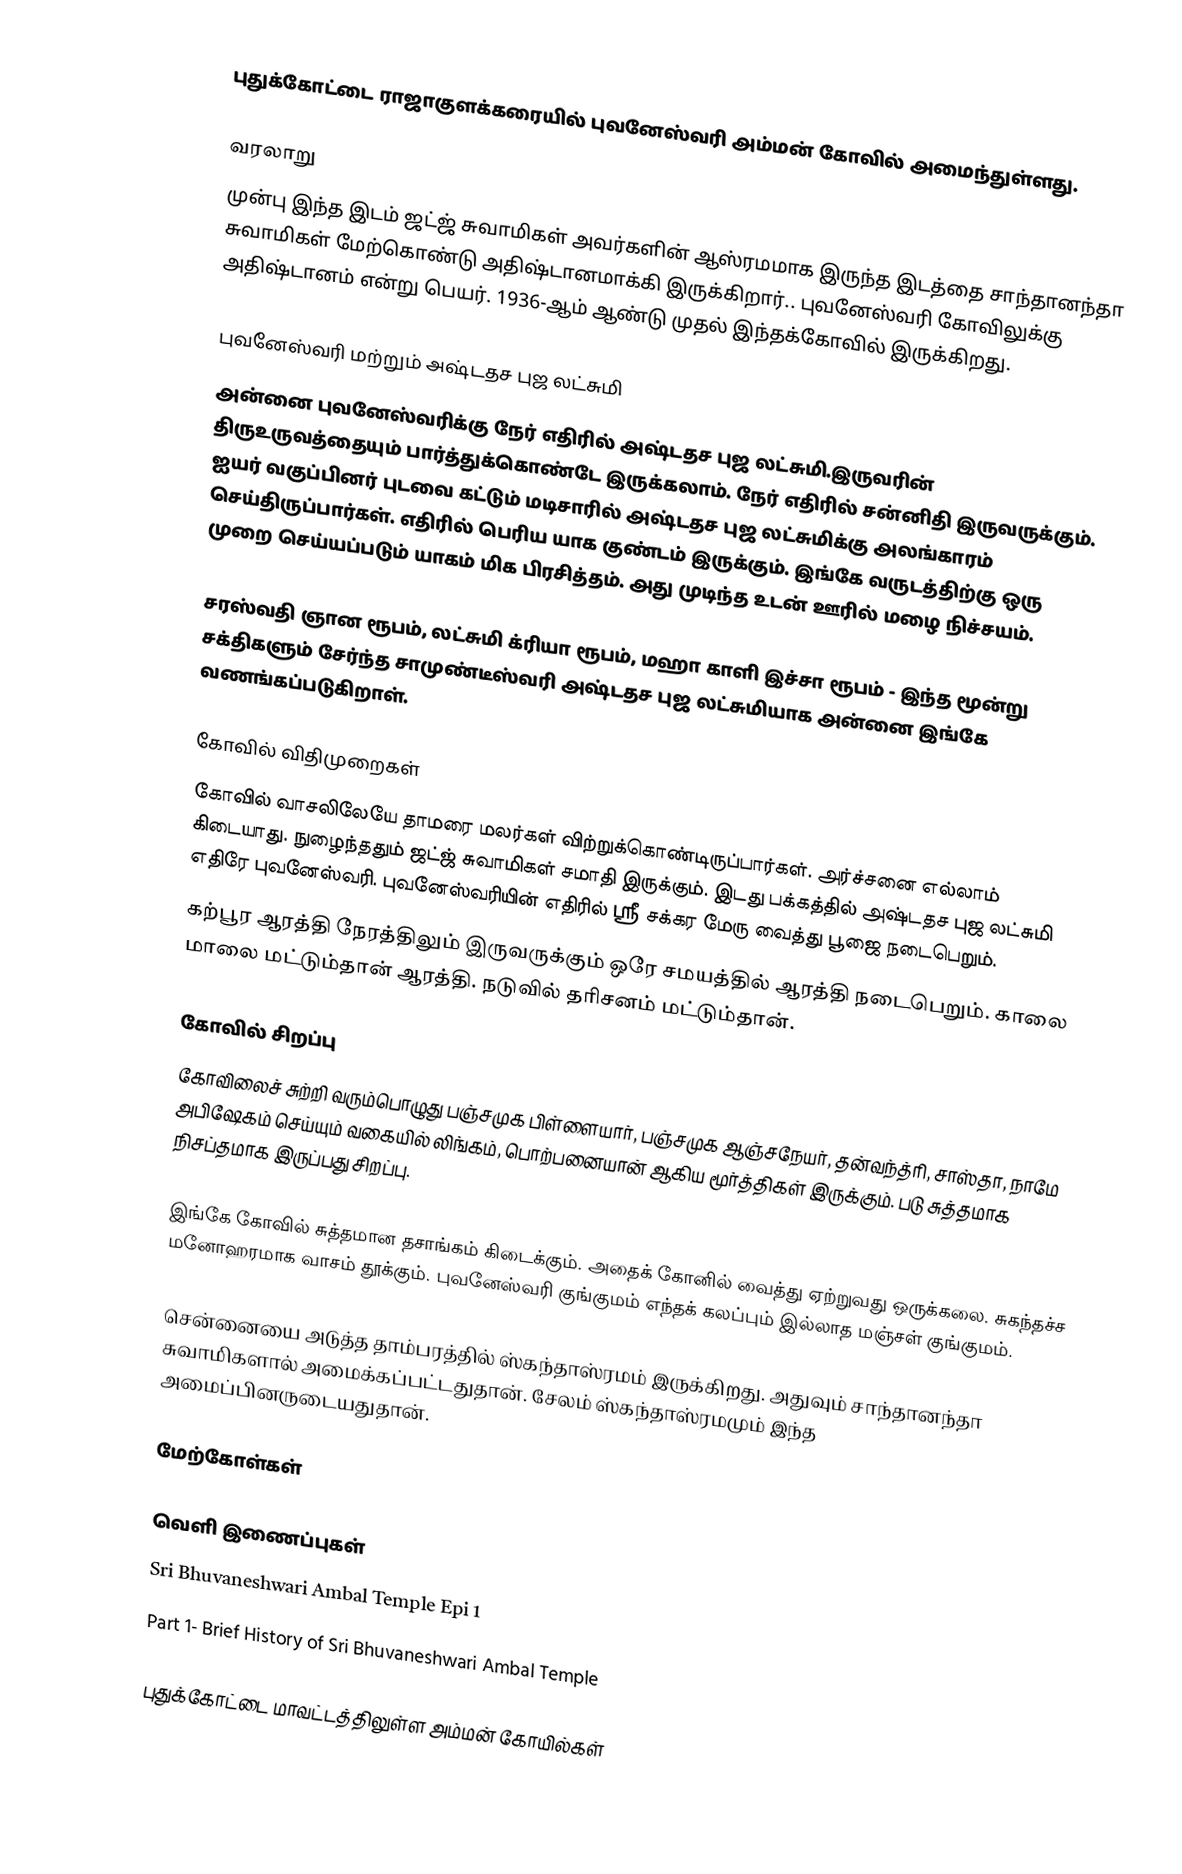
புதுக்கோட்டை ராஜாகுளக்கரையில் புவனேஸ்வரி அம்மன் கோவில் அமைந்துள்ளது.

வரலாறு
முன்பு இந்த இடம் ஜட்ஜ் சுவாமிகள் அவர்களின் ஆஸ்ரமமாக இருந்த இடத்தை சாந்தானந்தா சுவாமிகள் மேற்கொண்டு அதிஷ்டானமாக்கி இருக்கிறார்.. புவனேஸ்வரி கோவிலுக்கு அதிஷ்டானம் என்று பெயர். 1936-ஆம் ஆண்டு முதல் இந்தக்கோவில் இருக்கிறது.

புவனேஸ்வரி மற்றும் அஷ்டதச புஜ லட்சுமி
அன்னை புவனேஸ்வரிக்கு நேர் எதிரில் அஷ்டதச புஜ லட்சுமி.இருவரின் திருஉருவத்தையும் பார்த்துக்கொண்டே இருக்கலாம். நேர் எதிரில் சன்னிதி இருவருக்கும். ஐயர் வகுப்பினர் புடவை கட்டும் மடிசாரில் அஷ்டதச புஜ லட்சுமிக்கு அலங்காரம் செய்திருப்பார்கள். எதிரில் பெரிய யாக குண்டம் இருக்கும். இங்கே வருடத்திற்கு ஒரு முறை செய்யப்படும் யாகம் மிக பிரசித்தம். அது முடிந்த உடன் ஊரில் மழை நிச்சயம்.

சரஸ்வதி ஞான ரூபம், லட்சுமி க்ரியா ரூபம், மஹா காளி இச்சா ரூபம் - இந்த மூன்று சக்திகளும் சேர்ந்த சாமுண்டீஸ்வரி அஷ்டதச புஜ லட்சுமியாக அன்னை இங்கே வணங்கப்படுகிறாள்.

கோவில் விதிமுறைகள்
கோவில் வாசலிலேயே தாமரை மலர்கள் விற்றுக்கொண்டிருப்பார்கள். அர்ச்சனை எல்லாம் கிடையாது. நுழைந்ததும் ஜட்ஜ் சுவாமிகள் சமாதி இருக்கும். இடது பக்கத்தில் அஷ்டதச புஜ லட்சுமி எதிரே புவனேஸ்வரி. புவனேஸ்வரியின் எதிரில் ஸ்ரீ சக்கர மேரு வைத்து பூஜை நடைபெறும்.
கற்பூர ஆரத்தி நேரத்திலும் இருவருக்கும் ஒரே சமயத்தில் ஆரத்தி நடைபெறும். காலை மாலை மட்டும்தான் ஆரத்தி. நடுவில் தரிசனம் மட்டும்தான்.

கோவில் சிறப்பு
கோவிலைச் சுற்றி வரும்பொழுது பஞ்சமுக பிள்ளையார், பஞ்சமுக ஆஞ்சநேயர், தன்வந்த்ரி, சாஸ்தா, நாமே அபிஷேகம் செய்யும் வகையில் லிங்கம், பொற்பனையான் ஆகிய மூர்த்திகள் இருக்கும். படு சுத்தமாக நிசப்தமாக இருப்பது சிறப்பு.

இங்கே கோவில் சுத்தமான தசாங்கம் கிடைக்கும். அதைக் கோனில் வைத்து ஏற்றுவது ஒருக்கலை. சுகந்தச்ச மனோஹரமாக வாசம் தூக்கும். புவனேஸ்வரி குங்குமம் எந்தக் கலப்பும் இல்லாத மஞ்சள் குங்குமம்.

சென்னையை அடுத்த தாம்பரத்தில் ஸ்கந்தாஸ்ரமம் இருக்கிறது. அதுவும் சாந்தானந்தா சுவாமிகளால் அமைக்கப்பட்டதுதான். சேலம் ஸ்கந்தாஸ்ரமமும் இந்த அமைப்பினருடையதுதான்.

மேற்கோள்கள்

வெளி இணைப்புகள்
 Sri Bhuvaneshwari Ambal Temple Epi 1
Part 1- Brief History of Sri Bhuvaneshwari Ambal Temple

புதுக்கோட்டை மாவட்டத்திலுள்ள அம்மன் கோயில்கள்